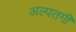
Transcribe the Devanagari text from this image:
अल्पतगी